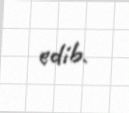
edib.